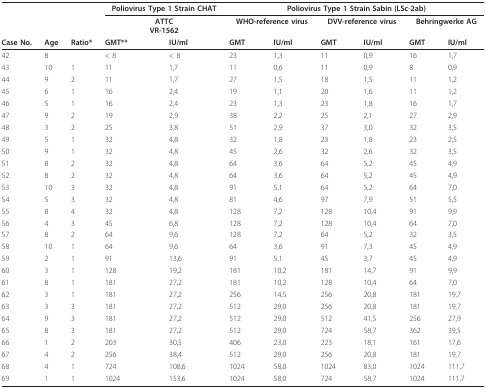
<table><thead><tr><td></td><td></td><td></td><td colspan="2"><b>Poliovirus Type 1 Strain CHAT</b></td><td colspan="6"><b>Poliovirus Type 1 Strain Sabin (LSc-2ab)</b></td></tr><tr><td></td><td></td><td></td><td colspan="2"><b>ATTCVR-1562</b></td><td colspan="2"><b>WHO-reference virus</b></td><td colspan="2"><b>DVV-reference virus</b></td><td colspan="2"><b>Behringwerke AG</b></td></tr><tr><td><b>Case No.</b></td><td><b>Age</b></td><td><b>Ratio*</b></td><td><b>GMT**</b></td><td><b>IU/ml</b></td><td><b>GMT</b></td><td><b>IU/ml</b></td><td><b>GMT</b></td><td><b>IU/ml</b></td><td><b>GMT</b></td><td><b>IU/ml</b></td></tr></thead><tbody><tr><td>42</td><td>8</td><td></td><td>&lt; 8</td><td>&lt; 8</td><td>23</td><td>1,3</td><td>11</td><td>0,9</td><td>16</td><td>1,7</td></tr><tr><td>43</td><td>10</td><td>1</td><td>11</td><td>1,7</td><td>11</td><td>0,6</td><td>11</td><td>0,9</td><td>8</td><td>0,9</td></tr><tr><td>44</td><td>9</td><td>2</td><td>11</td><td>1,7</td><td>27</td><td>1,5</td><td>18</td><td>1,5</td><td>11</td><td>1,2</td></tr><tr><td>45</td><td>6</td><td>1</td><td>16</td><td>2,4</td><td>19</td><td>1,1</td><td>20</td><td>1,6</td><td>11</td><td>1,2</td></tr><tr><td>46</td><td>5</td><td>1</td><td>16</td><td>2,4</td><td>23</td><td>1,3</td><td>23</td><td>1,8</td><td>16</td><td>1,7</td></tr><tr><td>47</td><td>9</td><td>2</td><td>19</td><td>2,9</td><td>38</td><td>2,2</td><td>25</td><td>2,1</td><td>27</td><td>2,9</td></tr><tr><td>48</td><td>3</td><td>2</td><td>25</td><td>3,8</td><td>51</td><td>2,9</td><td>37</td><td>3,0</td><td>32</td><td>3,5</td></tr><tr><td>49</td><td>5</td><td>1</td><td>32</td><td>4,8</td><td>32</td><td>1,8</td><td>23</td><td>1,8</td><td>23</td><td>2,5</td></tr><tr><td>50</td><td>9</td><td>1</td><td>32</td><td>4,8</td><td>45</td><td>2,6</td><td>32</td><td>2,6</td><td>32</td><td>3,5</td></tr><tr><td>51</td><td>8</td><td>2</td><td>32</td><td>4,8</td><td>64</td><td>3,6</td><td>64</td><td>5,2</td><td>45</td><td>4,9</td></tr><tr><td>52</td><td>8</td><td>2</td><td>32</td><td>4,8</td><td>64</td><td>3,6</td><td>64</td><td>5,2</td><td>45</td><td>4,9</td></tr><tr><td>53</td><td>10</td><td>3</td><td>32</td><td>4,8</td><td>91</td><td>5,1</td><td>64</td><td>5,2</td><td>64</td><td>7,0</td></tr><tr><td>54</td><td>5</td><td>3</td><td>32</td><td>4,8</td><td>81</td><td>4,6</td><td>97</td><td>7,9</td><td>51</td><td>5,5</td></tr><tr><td>55</td><td>8</td><td>4</td><td>32</td><td>4,8</td><td>128</td><td>7,2</td><td>128</td><td>10,4</td><td>91</td><td>9,9</td></tr><tr><td>56</td><td>4</td><td>3</td><td>45</td><td>6,8</td><td>128</td><td>7,2</td><td>128</td><td>10,4</td><td>64</td><td>7,0</td></tr><tr><td>57</td><td>8</td><td>2</td><td>64</td><td>9,6</td><td>128</td><td>7,2</td><td>64</td><td>5,2</td><td>32</td><td>3,5</td></tr><tr><td>58</td><td>10</td><td>1</td><td>64</td><td>9,6</td><td>64</td><td>3,6</td><td>91</td><td>7,3</td><td>45</td><td>4,9</td></tr><tr><td>59</td><td>2</td><td>1</td><td>91</td><td>13,6</td><td>91</td><td>5,1</td><td>45</td><td>3,7</td><td>45</td><td>4,9</td></tr><tr><td>60</td><td>3</td><td>1</td><td>128</td><td>19,2</td><td>181</td><td>10,2</td><td>181</td><td>14,7</td><td>91</td><td>9,9</td></tr><tr><td>61</td><td>8</td><td>1</td><td>181</td><td>27,2</td><td>181</td><td>10,2</td><td>128</td><td>10,4</td><td>64</td><td>7,0</td></tr><tr><td>62</td><td>3</td><td>1</td><td>181</td><td>27,2</td><td>256</td><td>14,5</td><td>256</td><td>20,8</td><td>181</td><td>19,7</td></tr><tr><td>63</td><td>3</td><td>3</td><td>181</td><td>27,2</td><td>512</td><td>29,0</td><td>256</td><td>20,8</td><td>181</td><td>19,7</td></tr><tr><td>64</td><td>9</td><td>3</td><td>181</td><td>27,2</td><td>512</td><td>29,0</td><td>512</td><td>41,5</td><td>256</td><td>27,9</td></tr><tr><td>65</td><td>8</td><td>3</td><td>181</td><td>27,2</td><td>512</td><td>29,0</td><td>724</td><td>58,7</td><td>362</td><td>39,5</td></tr><tr><td>66</td><td>1</td><td>2</td><td>203</td><td>30,5</td><td>406</td><td>23,0</td><td>223</td><td>18,1</td><td>161</td><td>17,6</td></tr><tr><td>67</td><td>4</td><td>2</td><td>256</td><td>38,4</td><td>512</td><td>29,0</td><td>256</td><td>20,8</td><td>181</td><td>19,7</td></tr><tr><td>68</td><td>4</td><td>1</td><td>724</td><td>108,6</td><td>1024</td><td>58,0</td><td>1024</td><td>83,0</td><td>1024</td><td>111,7</td></tr><tr><td>69</td><td>1</td><td>1</td><td>1024</td><td>153,6</td><td>1024</td><td>58,0</td><td>724</td><td>58,7</td><td>1024</td><td>111,7</td></tr></tbody></table>